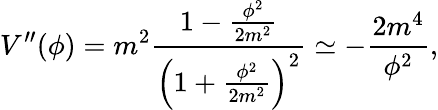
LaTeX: V^{\prime\prime}(\phi)=m^{2}\frac{1-\frac{\phi^{2}}{2m^{2}}}{\left(1+\frac{\phi^{2}}{2m^{2}}\right)^{2}}\simeq-\frac{2m^{4}}{\phi^{2}},